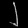
Digit: ၂